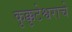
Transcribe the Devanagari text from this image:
कुक्कुटेश्वराचे